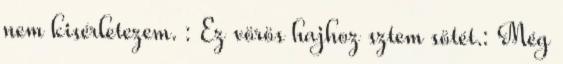
nem kisérletezem. : Ez vörös hajhoz sztem sötét.: Még